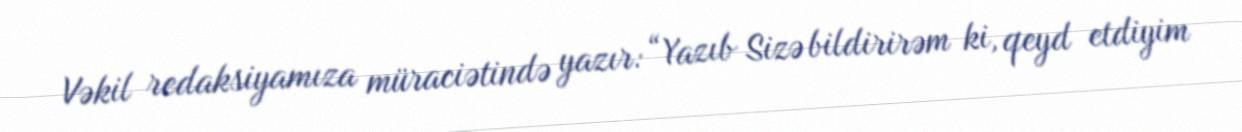
Vəkil redaksiyamıza müraciətində yazır: “Yazıb Sizə bildirirəm ki, qeyd etdiyim